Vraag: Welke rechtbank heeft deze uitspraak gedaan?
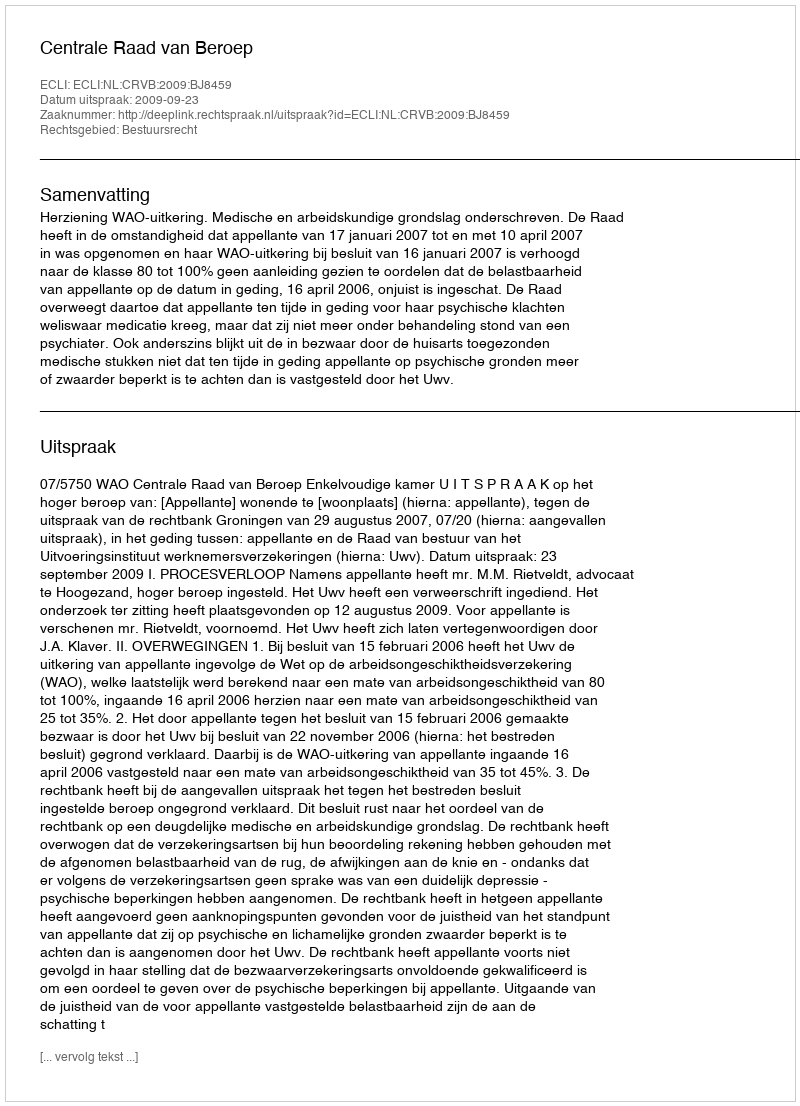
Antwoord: Centrale Raad van Beroep